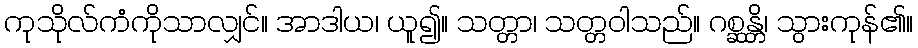
ကုသိုလ်ကံကိုသာလျှင်။ အာဒါယ၊ ယူ၍။ သတ္တာ၊ သတ္တဝါသည်။ ဂစ္ဆန္တိ၊ သွားကုန်၏။